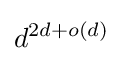
d^{2d+o(d)}